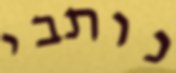
נותבי